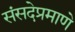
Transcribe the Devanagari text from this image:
संसदेप्रमाणे